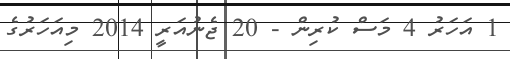
1 އަހަރު 4 މަސް ކުރިން - 20 ޖެނުއަރީ 2014 މިއަހަރުގެ